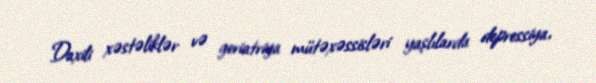
Daxili xəstəliklər və geriatriya mütəxəssisləri yaşlılarda depressiya,